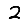
Digit: 2